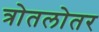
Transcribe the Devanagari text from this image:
त्रोतलोतर